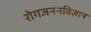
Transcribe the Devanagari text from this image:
रोगजननविज्ञान